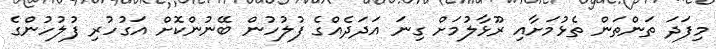
މިފަދަ ތަންތަން ތެޅުމަށާއި ރޫޅާލުމަށް ގިނަ އަދަދެއްގެ ފުލުހުން ބޭނުންކޮށް އަގުހުރި ފުލުހުންގެ